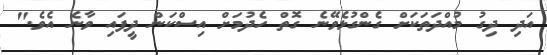
އަދި ދިގު މުއްދަތަކަށް ގެންގުޅެވޭނެ ގޮތް ހެދުމަށް އިސްކަން ދީފައި ވާނެ އެވެ."